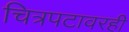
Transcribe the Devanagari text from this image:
चित्रपटावरही